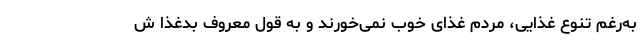
به‌رغم تنوع غذایی، مردم غذای خوب نمی‌خورند و به قول معروف بدغذا ش